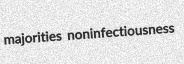
majorities noninfectiousness